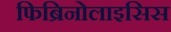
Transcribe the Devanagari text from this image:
फिब्रिनोलाइसिस